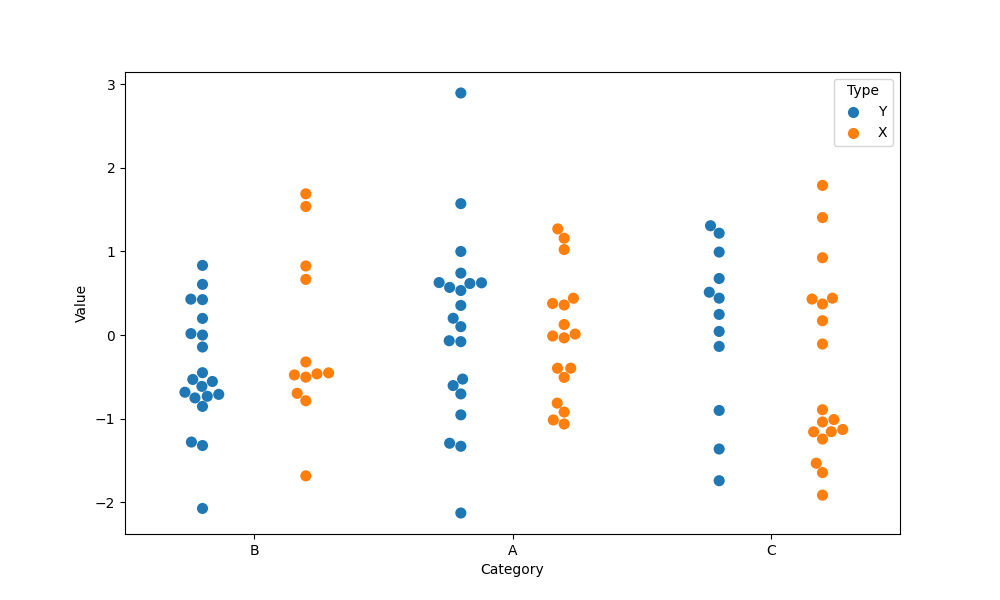
python, seaborn, swarmplot, dodge=True, alpha=1.0, size=8